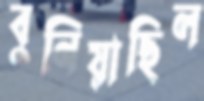
বুনিয়াছিল